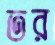
তর